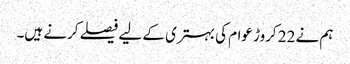
ہم نے 22 کروڑ عوام کی بہتری کے لیے فیصلے کرنے ہیں۔